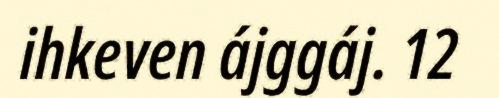
ihkeven ájggáj. 12